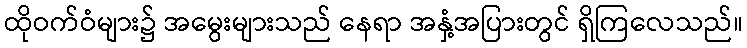
ထိုဝက်ဝံများ၌ အမွေးများသည် နေရာ အနှံ့အပြားတွင် ရှိကြလေသည်။